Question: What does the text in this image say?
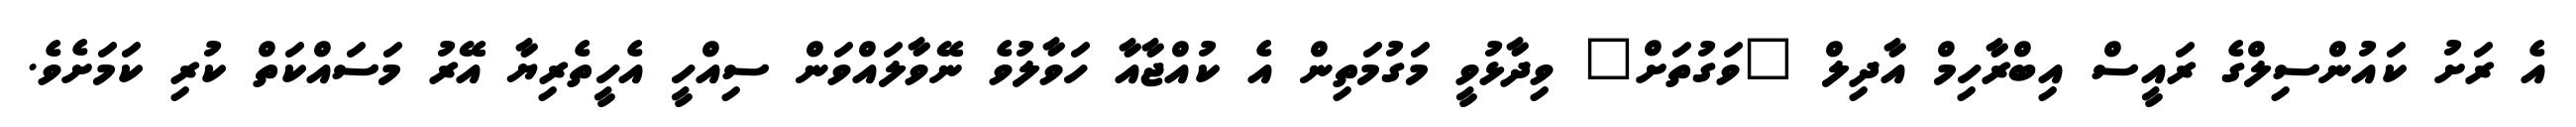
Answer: އެ ރަށު ކައުންސިލްގެ ރައީސް އިބްރާހިމް އާދިލް "ވަގުތަށް" ވިދާޅުވީ މަގުމަތިން އެ ކުއްޖާއާ ހަވާލުވެ ނޭވާލައްވަން ސިއްހީ އެހީތެރިޔާ އޭރު މަސައްކަތް ކުރި ކަމަށެވެ.